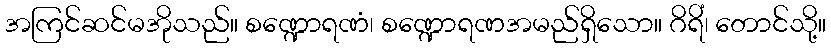
အကြင်ဆင်မအိုသည်။ စဏ္ဍောရဏံ၊ စဏ္ဍောရဏအမည်ရှိသော။ ဂိရိံ၊ တောင်သို့။